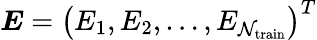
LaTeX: \boldsymbol{E}=\left(E_{1},E_{2},\ldots,E_{{\mathcal{N}}_{\mathrm{{train}}}}\right)^{T}